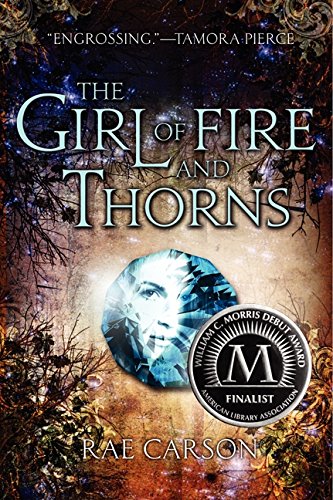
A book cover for The Girl of Fire and Thorns; Rae Carson; Teen & Young Adult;